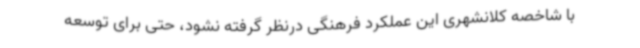
با شاخصه کلانشهری این عملکرد فرهنگی درنظر گرفته نشود، حتی برای توسعه